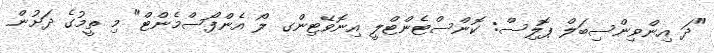
"ދަ އިންވިންސިބަލް ޕޮލިސް: ކޮންސްޓެންޓްލީ އިނޮވޭޓިންގ ލޯ އެންފޯސްމެންޓް" މި ތީމުގެ ދަށުން